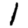
Digit: 1